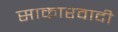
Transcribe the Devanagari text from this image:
साकारवादी